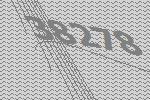
38278